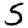
Digit: 5